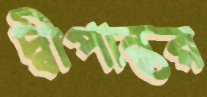
দ্বীপান্তর